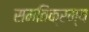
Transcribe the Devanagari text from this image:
समतिक्रम्य